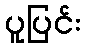
ပူပြင်း